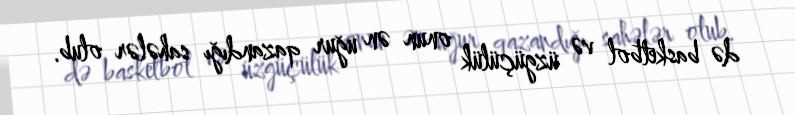
də basketbol və üzgüçülük onun ən uğur qazandığı sahələr olub.